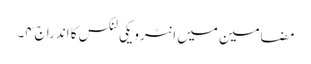
مضامین میں انٹرویکی لنکس کا اندراج۴۔